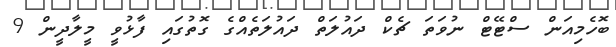
ބޮހެމިއަން ސްޓޭޓް ނުވަތަ ޗެކް ދައުލަތް ދައުލަތެެއްގެ ގޮތުގައި ފާޅުވީ މީލާދީން 9